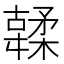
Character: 䂋